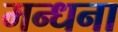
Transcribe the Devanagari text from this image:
मन्धना